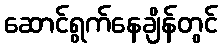
ဆောင်ရွက်နေချိန်တွင်